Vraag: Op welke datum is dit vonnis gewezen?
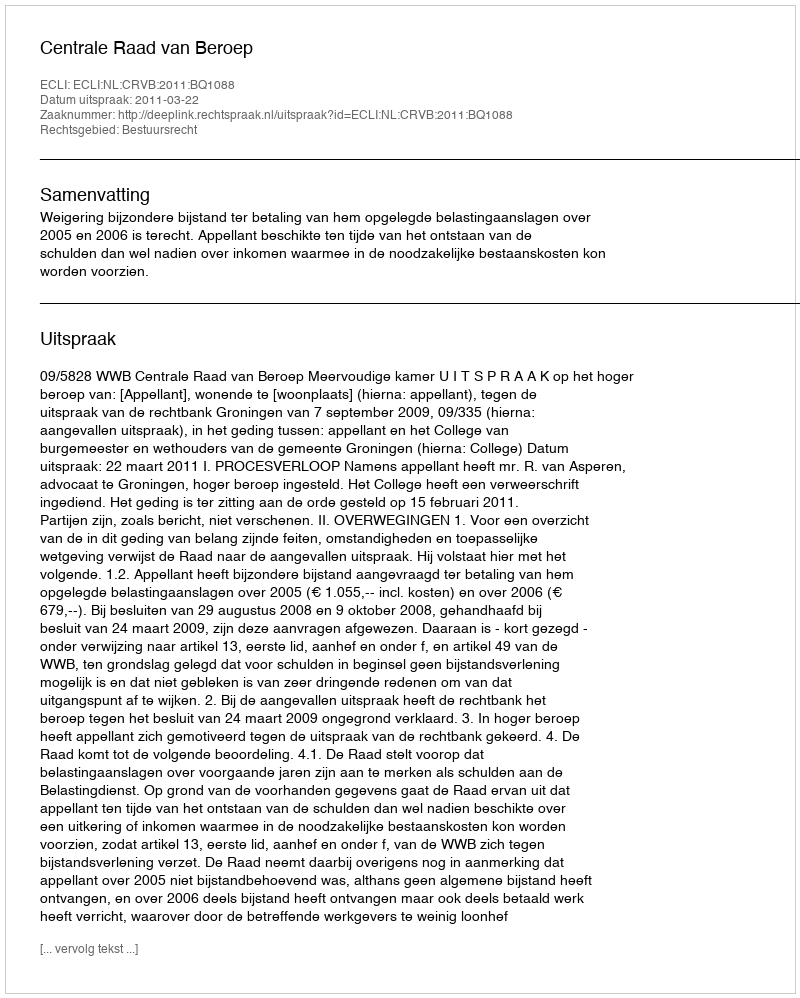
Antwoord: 2011-03-22